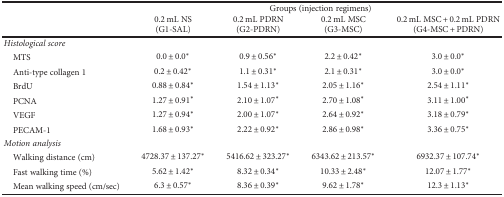
| <ROWSPAN=2>  | <COLSPAN=4> Groups (injection regimens) |
 | 0.2 mL NS (G1-SAL) | 0.2 mL PDRN (G2-PDRN) | 0.2 mL MSC (G3-MSC) | 0.2 mL MSC + 0.2 mL PDRN (G4-MSC + PDRN) |
 | --- | --- | --- | --- | --- |
 | Histological score |  |  |  |  |
 | MTS | 0.0 ± 0.0∗ | 0.9 ± 0.56∗ | 2.2 ± 0.42∗ | 3.0 ± 0.0∗ |
 | Anti-type collagen 1 | 0.2 ± 0.42∗ | 1.1 ± 0.31∗ | 2.1 ± 0.31∗ | 3.0 ± 0.0∗ |
 | BrdU | 0.88 ± 0.84∗ | 1.54 ± 1.13∗ | 2.05 ± 1.16∗ | 2.54 ± 1.11∗ |
 | PCNA | 1.27 ± 0.91∗ | 2.10 ± 1.07∗ | 2.70 ± 1.08∗ | 3.11 ± 1.00∗ |
 | VEGF | 1.27 ± 0.94∗ | 2.00 ± 1.07∗ | 2.64 ± 0.92∗ | 3.18 ± 0.79∗ |
 | PECAM-1 | 1.68 ± 0.93∗ | 2.22 ± 0.92∗ | 2.86 ± 0.98∗ | 3.36 ± 0.75∗ |
 | Motion analysis |  |  |  |  |
 | Walking distance (cm) | 4728.37 ± 137.27∗ | 5416.62 ± 323.27∗ | 6343.62 ± 213.57∗ | 6932.37 ± 107.74∗ |
 | Fast walking time (%) | 5.62 ± 1.42∗ | 8.32 ± 0.34∗ | 10.33 ± 2.48∗ | 12.07 ± 1.77∗ |
 | Mean walking speed (cm/sec) | 6.3 ± 0.57∗ | 8.36 ± 0.39∗ | 9.62 ± 1.78∗ | 12.3 ± 1.13∗ |